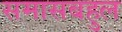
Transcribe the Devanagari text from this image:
समासबहुल